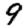
Digit: 9